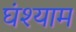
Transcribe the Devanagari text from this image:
घंश्याम